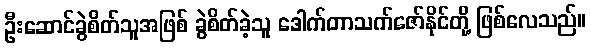
ဦးဆောင်ခွဲစိတ်သူအဖြစ် ခွဲစိတ်ခဲ့သူ ဒေါက်တာသက်ဇော်နိုင်တို့ ဖြစ်လေသည်။